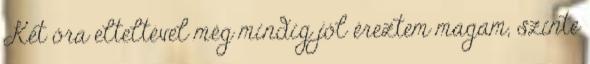
Két óra elteltével még mindig jól éreztem magam, szinte